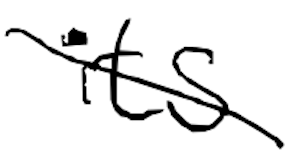
Text: its
Cross-out: diagonal
Writing tool: digital_black